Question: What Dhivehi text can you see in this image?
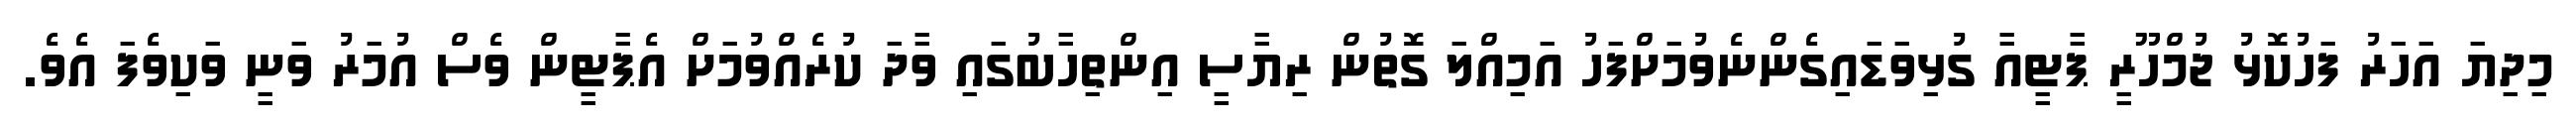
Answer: މިދިޔަ އަހަރު ފަހުކޮޅު ޖުމްހޫރީ ޕާޓީއާ ގުޅިވަޑައިގެންނެވުމަށްފަހު އަމިއްލަ ގޮތުން ރިޔާސީ އިންތިހާބުގައި ވާދަ ކުރެއްވުމަށް އެޕާޓީން ވެސް އުމަރު ވަނީ ވަކިވެފަ އެވެ.